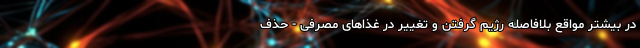
در بیشتر مواقع بلافاصله رژیم گرفتن و تغییر در غذاهای مصرفی - حذف